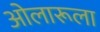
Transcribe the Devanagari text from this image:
ओलारूला